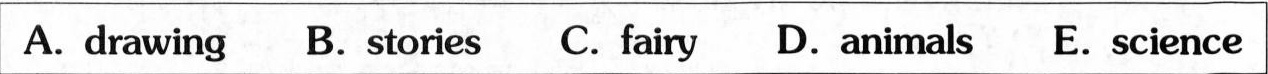
A. drawing B. Stories C. Fairy D. Animals E. Science